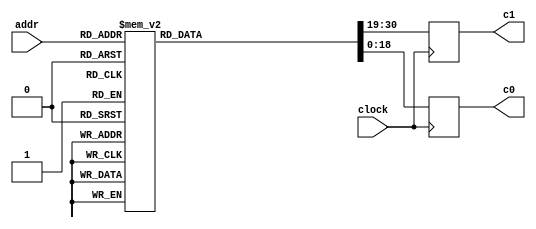
module cos_table(
    // System signals
    input clock,
    
    // Data interface
    input [6:0] addr,       //read address
    output reg [11:0] c1,   // coefficient c1
    output reg [18:0] c0    // coefficient c0
    );
    
    // local variables
    reg [30:0] d;       // {c1, c0}
    
    //Table 
    always @(*) begin
        case (addr)
		7'd0 : d = 31'b000000011001_10000000000000000110;
		7'd1 : d = 31'b000001001011_10000000000001010101;
		7'd2 : d = 31'b000001111101_10000000000011110011;
		7'd3 : d = 31'b000010101111_10000000000111100000;
		7'd4 : d = 31'b000011100010_10000000001100011011;
		7'd5 : d = 31'b000100010100_10000000010010100101;
		7'd6 : d = 31'b000101000110_10000000011001111101;
		7'd7 : d = 31'b000101111000_10000000100010100100;
		7'd8 : d = 31'b000110101010_10000000101100011001;
		7'd9 : d = 31'b000111011100_10000000110111011011;
		7'd10 : d = 31'b001000001110_10000001000011101011;
		7'd11 : d = 31'b001001000000_10000001010001000111;
		7'd12 : d = 31'b001001110001_10000001011111110000;
		7'd13 : d = 31'b001010100011_10000001101111100110;
		7'd14 : d = 31'b001011010101_10000010000000100111;
		7'd15 : d = 31'b001100000110_10000010010010110011;
		7'd16 : d = 31'b001100110111_10000010100110001010;
		7'd17 : d = 31'b001101101000_10000010111010101011;
		7'd18 : d = 31'b001110011001_10000011010000010110;
		7'd19 : d = 31'b001111001010_10000011100111001010;
		7'd20 : d = 31'b001111111011_10000011111111000101;
		7'd21 : d = 31'b010000101100_10000100011000001001;
		7'd22 : d = 31'b010001011100_10000100110010010011;
		7'd23 : d = 31'b010010001100_10000101001101100011;
		7'd24 : d = 31'b010010111101_10000101101001111000;
		7'd25 : d = 31'b010011101100_10000110000111010010;
		7'd26 : d = 31'b010100011100_10000110100101101111;
		7'd27 : d = 31'b010101001100_10000111000101001111;
		7'd28 : d = 31'b010101111011_10000111100101110000;
		7'd29 : d = 31'b010110101010_10001000000111010011;
		7'd30 : d = 31'b010111011001_10001000101001110101;
		7'd31 : d = 31'b011000001000_10001001001101010101;
		7'd32 : d = 31'b011000110110_10001001110001110100;
		7'd33 : d = 31'b011001100100_10001010010111001110;
		7'd34 : d = 31'b011010010010_10001010111101100100;
		7'd35 : d = 31'b011011000000_10001011100100110101;
		7'd36 : d = 31'b011011101101_10001100001100111110;
		7'd37 : d = 31'b011100011011_10001100110110000000;
		7'd38 : d = 31'b011101001000_10001101011111111000;
		7'd39 : d = 31'b011101110100_10001110001010100101;
		7'd40 : d = 31'b011110100000_10001110110110000110;
		7'd41 : d = 31'b011111001100_10001111100010011010;
		7'd42 : d = 31'b011111111000_10010000001111011111;
		7'd43 : d = 31'b0100000100100_10010000111101010101;
		7'd44 : d = 31'b0100001001111_10010001101011111001;
		7'd45 : d = 31'b0100001111010_10010010011011001001;
		7'd46 : d = 31'b0100010100100_10010011001011000110;
		7'd47 : d = 31'b0100011001110_10010011111011101100;
		7'd48 : d = 31'b0100011111000_10010100101100111100;
		7'd49 : d = 31'b0100100100001_10010101011110110010;
		7'd50 : d = 31'b0100101001011_10010110010001001101;
		7'd51 : d = 31'b0100101110011_10010111000100001101;
		7'd52 : d = 31'b0100110011100_10010111110111101110;
		7'd53 : d = 31'b0100111000100_10011000101011110001;
		7'd54 : d = 31'b0100111101011_10011001100000010010;
		7'd55 : d = 31'b0101000010010_10011010010101010000;
		7'd56 : d = 31'b0101000111001_10011011001010101010;
		7'd57 : d = 31'b0101001100000_10011100000000011110;
		7'd58 : d = 31'b0101010000110_10011100110110101001;
		7'd59 : d = 31'b0101010101100_10011101101101001011;
		7'd60 : d = 31'b0101011010001_10011110100100000001;
		7'd61 : d = 31'b0101011110110_10011111011011001010;
		7'd62 : d = 31'b0101100011010_10100000010010100011;
		7'd63 : d = 31'b0101100111110_10100001001010001011;
		7'd64 : d = 31'b0101101100010_10100010000010000000;
		7'd65 : d = 31'b0101110000101_10100010111010000001;
		7'd66 : d = 31'b0101110100111_10100011110010001010;
		7'd67 : d = 31'b0101111001001_10100100101010011010;
		7'd68 : d = 31'b0101111101011_10100101100010110000;
		7'd69 : d = 31'b0110000001101_10100110011011001000;
		7'd70 : d = 31'b0110000101101_10100111010011100010;
		7'd71 : d = 31'b0110001001110_10101000001011111100;
		7'd72 : d = 31'b0110001101110_10101001000100010010;
		7'd73 : d = 31'b0110010001101_10101001111100100100;
		7'd74 : d = 31'b0110010101100_10101010110100101110;
		7'd75 : d = 31'b0110011001010_10101011101100110000;
		7'd76 : d = 31'b0110011101000_10101100100100100110;
		7'd77 : d = 31'b0110100000110_10101101011100010000;
		7'd78 : d = 31'b0110100100011_10101110010011101010;
		7'd79 : d = 31'b0110100111111_10101111001010110010;
		7'd80 : d = 31'b0110101011011_10110000000001101000;
		7'd81 : d = 31'b0110101110110_10110000111000000111;
		7'd82 : d = 31'b0110110010001_10110001101110001111;
		7'd83 : d = 31'b0110110101100_10110010100011111101;
		7'd84 : d = 31'b0110111000110_10110011011001001110;
		7'd85 : d = 31'b0110111011111_10110100001110000010;
		7'd86 : d = 31'b0110111111000_10110101000010010100;
		7'd87 : d = 31'b0111000010000_10110101110110000101;
		7'd88 : d = 31'b0111000101000_10110110101001010000;
		7'd89 : d = 31'b0111000111111_10110111011011110100;
		7'd90 : d = 31'b0111001010101_10111000001101101111;
		7'd91 : d = 31'b0111001101011_10111000111110111110;
		7'd92 : d = 31'b0111010000001_10111001101111100000;
		7'd93 : d = 31'b0111010010110_10111010011111010010;
		7'd94 : d = 31'b0111010101010_10111011001110010001;
		7'd95 : d = 31'b0111010111110_10111011111100011101;
		7'd96 : d = 31'b0111011010001_10111100101001110001;
		7'd97 : d = 31'b0111011100100_10111101010110001101;
		7'd98 : d = 31'b0111011110110_10111110000001101110;
		7'd99 : d = 31'b0111100001000_10111110101100010001;
		7'd100 : d = 31'b0111100011000_10111111010101110101;
		7'd101 : d = 31'b0111100101001_10111111111110010111;
		7'd102 : d = 31'b0111100111001_11000000100101110101;
		7'd103 : d = 31'b0111101001000_11000001001100001101;
		7'd104 : d = 31'b0111101010110_11000001110001011101;
		7'd105 : d = 31'b0111101100100_11000010010101100010;
		7'd106 : d = 31'b0111101110010_11000010111000011010;
		7'd107 : d = 31'b0111101111111_11000011011010000011;
		7'd108 : d = 31'b0111110001011_11000011111010011011;
		7'd109 : d = 31'b0111110010110_11000100011001011111;
		7'd110 : d = 31'b0111110100001_11000100110111001110;
		7'd111 : d = 31'b0111110101100_11000101010011100101;
		7'd112 : d = 31'b0111110110110_11000101101110100011;
		7'd113 : d = 31'b0111110111111_11000110001000000100;
		7'd114 : d = 31'b0111111000111_11000110100000000110;
		7'd115 : d = 31'b0111111001111_11000110110110101001;
		7'd116 : d = 31'b0111111010111_11000111001011101001;
		7'd117 : d = 31'b0111111011110_11000111011111000100;
		7'd118 : d = 31'b0111111100100_11000111110000111000;
		7'd119 : d = 31'b0111111101001_11001000000001000100;
		7'd120 : d = 31'b0111111101110_11001000001111100100;
		7'd121 : d = 31'b0111111110010_11001000011100011000;
		7'd122 : d = 31'b0111111110110_11001000100111011100;
		7'd123 : d = 31'b0111111111001_11001000110000110000;
		7'd124 : d = 31'b0111111111100_11001000111000010000;
		7'd125 : d = 31'b0111111111110_11001000111101111011;
		7'd126 : d = 31'b0111111111111_11001001000001110000;
		7'd127 : d = 31'b0111111111111_11001001000011101011;
        	default: d = 31'd0;
        endcase
    end
    
    // Output Data
    always @(posedge clock) begin
        c1 <= d[30:19];
        c0 <= d[18:0];
    end    
endmodule